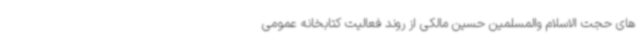
های حجت الاسلام والمسلمین حسین مالکی از روند فعالیت کتابخانه عمومی